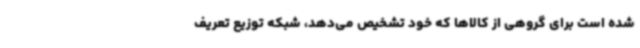
شده است برای گروهی از کالاها که خود تشخیص می‌دهد، شبکه توزیع تعریف